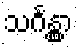
သင်္ဂန္တွာ